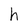
Character: h